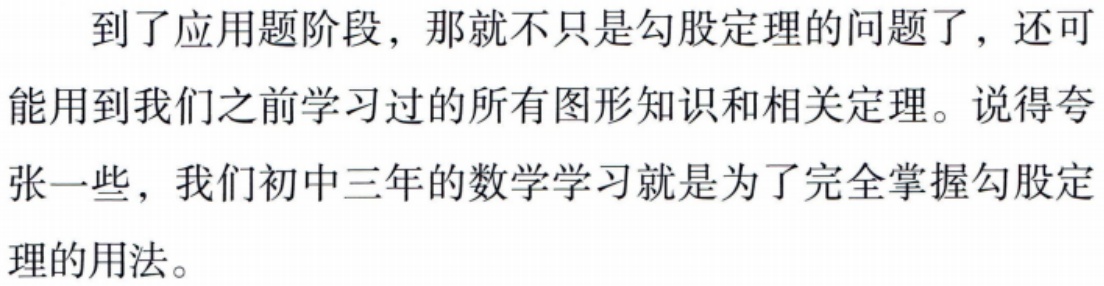
到了应用题阶段，那就不只是勾股定理的问题了，还可能用到我们之前学习过的所有图形知识和相关定理。说得夸张一些，我们初中三年的数学学习就是为了完全掌握勾股定理的用法。